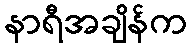
နာရီအချိန်က